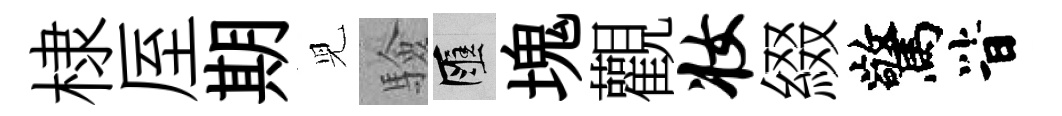
棣厔期児驗匯塊觀妆綴驚𣅜